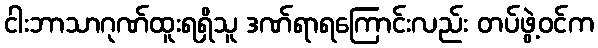
ငါးဘာသာဂုဏ်ထူးရရှိသူ ဒဏ်ရာရကြောင်းလည်း တပ်ဖွဲ့ဝင်က